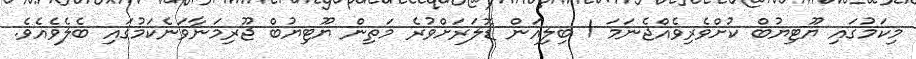
މިކަމުގައި ޔޫޓިޔުބް ކުށްވެރިވެއްޖެނަމަ 1 ބިލިއަން ޑޮލަރަށްވުރެ މަތިން ޔޫޓިޔުބް ޖޫރިމަނާވަނެކަމުގައި ބެލެވެއެވެ.